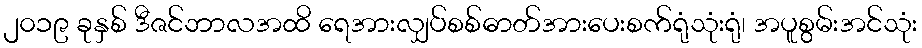
၂၀၁၉ ခုနှစ် ဒီဇင်ဘာလအထိ ရေအားလျှပ်စစ်ဓာတ်အားပေးစက်ရုံသုံးရုံ၊ အပူစွမ်းအင်သုံး